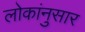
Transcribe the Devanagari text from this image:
लोकांनुसार